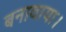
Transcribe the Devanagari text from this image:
बनावाया।